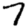
Digit: 7